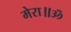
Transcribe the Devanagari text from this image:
मेरा॥ॐ